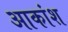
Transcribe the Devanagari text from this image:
आकांश